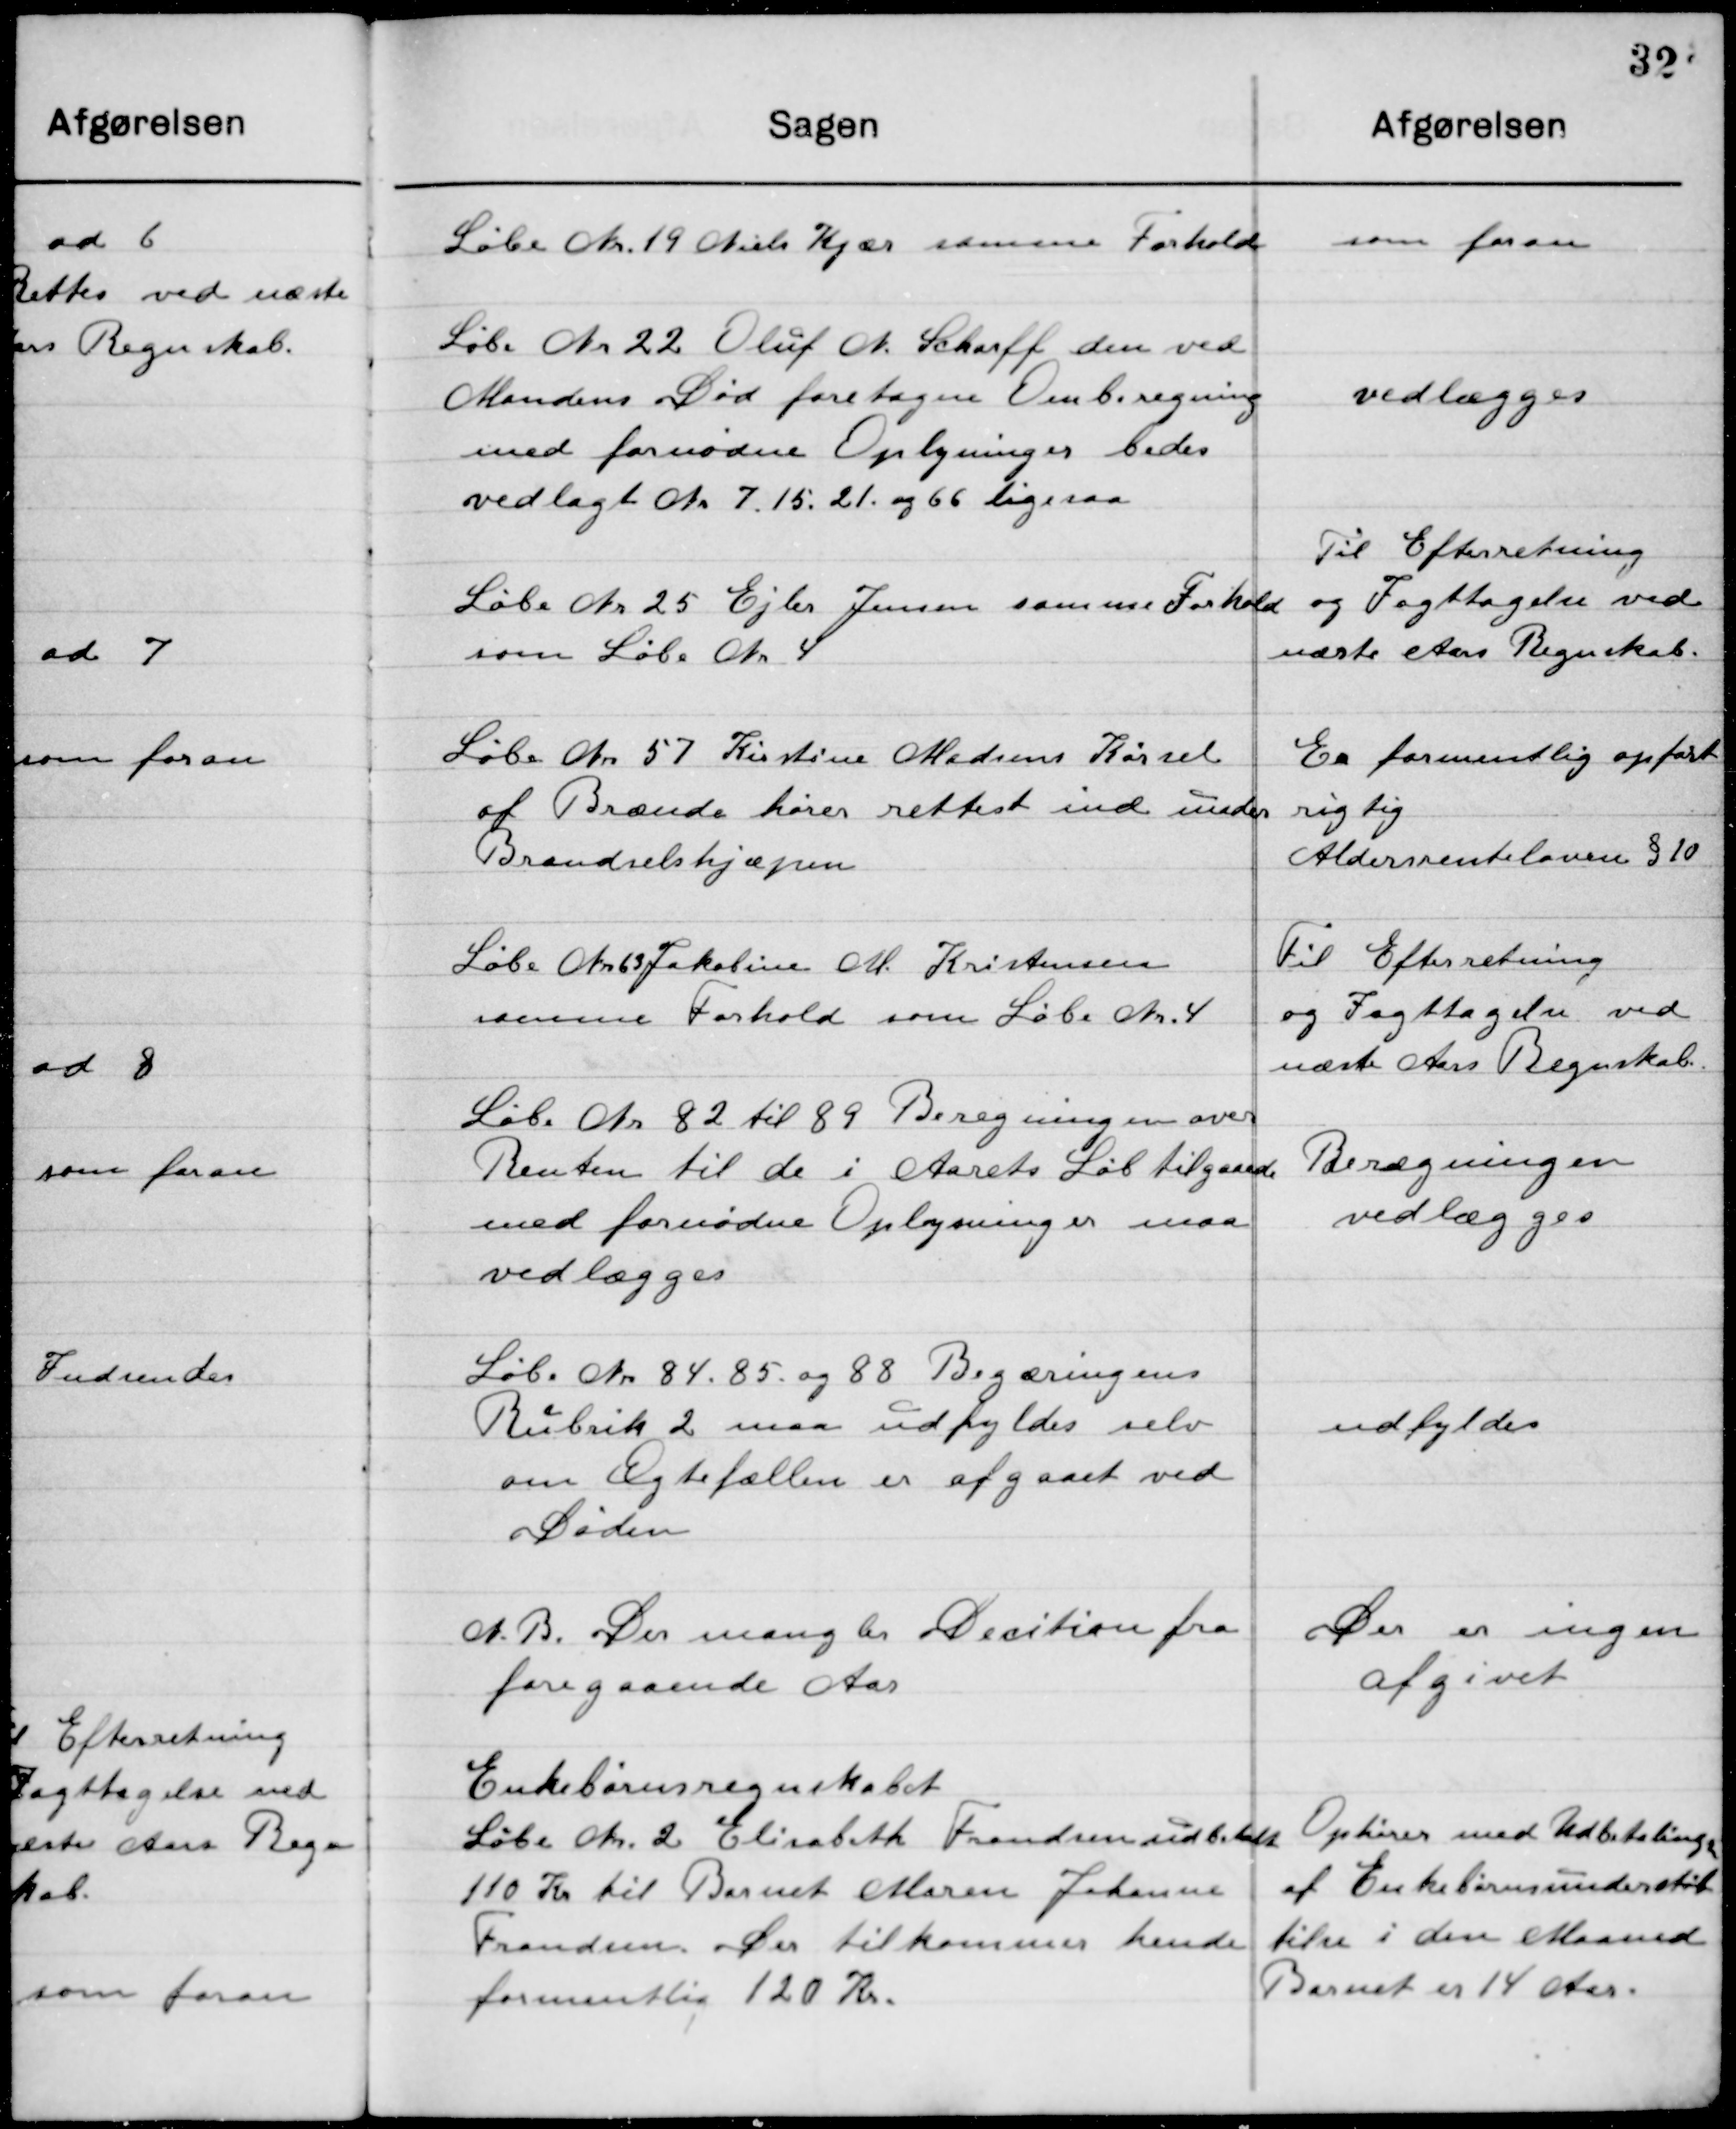
Transskription:
Løbe Nr. 19 Niels Kjær samme Forhold

som foran

Løbe Nr. 22 Oluf N. Scharff den ved
Mandens Død foretagne Omberegning
med fornødne Oplysninger bedes
vedlagt No. 7. 15. 21. og 66 ligesaa

vedlægges

Løbe Nr. 25 Ejler Jensen samme Forhold
som Løbe Nr. 4

Til Efterretning
og Iagttagelse ved
næste Aars Regnskab

Løbe Nr. 57 Kirstine Madsens Kørsel
af Brænde hører rettest inde under 	
Brændselshjælpen.

Er formentlig opført
rigtig
Aldersrenteloven § 10

Løbe Nr. 63 Jakobine M. Kristensen
samme Forhold som Løbe Nr. 4.

Til Efterretning
og Iagttagelse ved
næste Aars Regnskab

Løbe Nr. 82 til 89 Beregningen over
Renten til de i Aarets Løb tilgaaede
med fornødne Oplysninger maa
vedlægges.

Beregning 
vedlægges

Løbe Nr. 84. 85. og 88 Begæringens
Rubrik 2 maa udfyldes selv
om Ægtefællen er afgaaet ved 
Døden.

udfyldes

N. B. Der mangler Decition fra
Foregaaende Aar.

Der er ingen
afgivet

Enkebørns regnskabet
Løbe Nr. 2 Elisabeth Frandsen udbetalt
110 Kr. til Barnet Maren Johanne
Frandsen Der tilkommer hende
formentlig 120 Kr.

Ophører med Udbetalingen
af Enkebørnsunderstøt-
telse i den Maaned 
Barnet er 14 Aar.